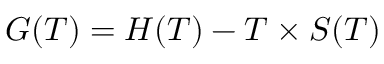
G ( T ) = H ( T ) - T \times S ( T )